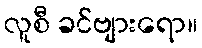
လူစီ ခင်ဗျားရော။